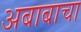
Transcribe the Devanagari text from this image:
अबाबाचा